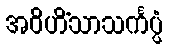
အဝိဟိံသာသင်္ကပ္ပံ